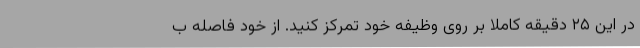
در این ۲۵ دقیقه کاملا بر روی وظیفه خود تمرکز کنید. از خود فاصله ب